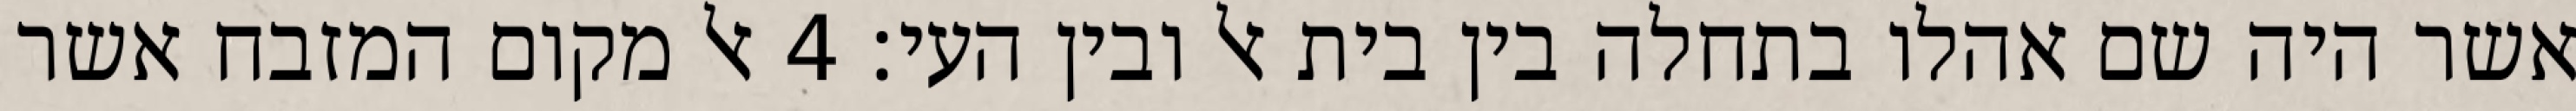
אשר היה שם אהלו בתחלה בין בית אל ובין העי׃ ‎4‏ אל מקום המזבח אשר